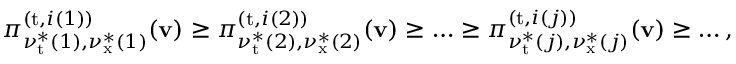
\begin{array} { r } { \pi _ { \nu _ { \mathrm { t } } ^ { * } ( 1 ) , \nu _ { \mathrm { x } } ^ { * } ( 1 ) } ^ { ( \mathrm { t } , i ( 1 ) ) } ( \mathbf { v } ) \geq \pi _ { \nu _ { \mathrm { t } } ^ { * } ( 2 ) , \nu _ { \mathrm { x } } ^ { * } ( 2 ) } ^ { ( \mathrm { t } , i ( 2 ) ) } ( \mathbf { v } ) \geq \ldots \geq \pi _ { \nu _ { \mathrm { t } } ^ { * } ( j ) , \nu _ { \mathrm { x } } ^ { * } ( j ) } ^ { ( \mathrm { t } , i ( j ) ) } ( \mathbf { v } ) \geq \ldots , } \end{array}